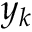
y _ { k }